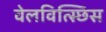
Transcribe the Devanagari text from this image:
वेलवित्स्छिस